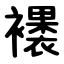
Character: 䙨